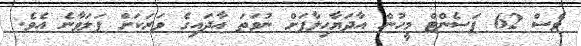
ވެސް 62 ޕަސެންޓް މީހުން އާދަޔާހިލާފަށް ނުވަތަ އާދައިގެ ވަރަކަށް ފަލަވާނެ އެވެ.